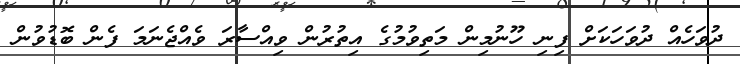
ދުވަހެއް ދުވަހަކަށް ފިނި ހޫނުމިން މަތިވުމުގެ އިތުރުން ވިއްސާރަ ވެއްޖެނަމަ ފެން ބޮޑުވުން